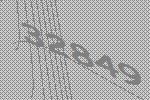
32849